Cholera in southern India
Disease focus: Cholera
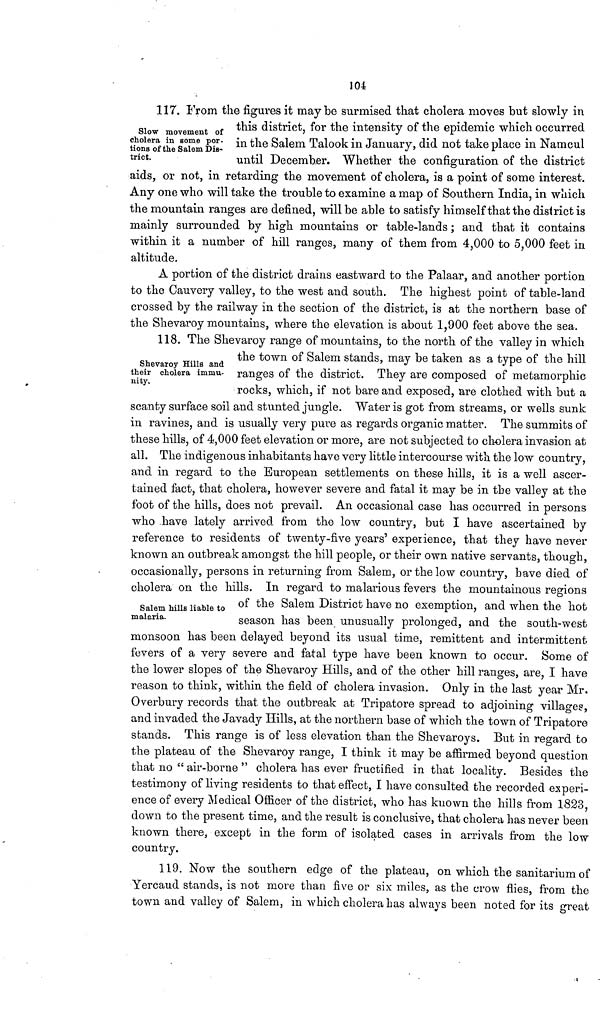
104
Slow movement of
cholera in some por-
tions of the Salem Dis-
trict.
17. From the figures it may be surmised that cholera moves but slowly in
this district, for the intensity of the epidemic which occurred
in the Salem Talook in January, did not take place in Namcul
until December. Whether the configuration of the district
aids, or not, in retarding the movement of cholera, is a point of some interest.
Any one who will take the trouble to examine a map of Southern India, in which
the mountain ranges are defined, will be able to satisfy himself that the district is
mainly surrounded by high mountains or table-lands ; and that it contains
within it a number of hill ranges, many of them from 4,000 to 5,000 feet in
altitude.
A portion of the district drains eastward to the Palaar, and another portion
to the Cauvery valley, to the west and south. The highest point of table-land
crossed by the railway in the section of the district, is at the northern base of
the Shevaroy mountains, where the elevation is about 1,900 feet above the sea.
Shevaroy Hills and
their cholera immu-
nity.
118. The Shevaroy range of mountains, to the north of the valley in which
the town of Salem stands, may be taken as a type of the hill
ranges of the district. They are composed of metamorphic
rocks, which, if not bare and exposed, are clothed with but a
scanty surface soil and stunted jungle. Water is got from streams, or wells sunk
in ravines, and is usually very pure as regards organic matter. The summits of
these hills, of 4,000 feet elevation or more, are not subjected to cholera invasion at
all. The indigenous inhabitants have very little intercourse with the low country,
and in regard to the European settlements on these hills, it is a well ascer-
tained fact, that cholera, however severe and fatal it may be in the valley at the
foot of the hills, does not prevail. An occasional case has occurred in persons
who have lately arrived from the low country, but I have ascertained by
reference to residents of twenty-five years' experience, that they have never
known an outbreak amongst the hill people, or their own native servants, though,
occasionally, persons in returning from Salem, or the low country, have died of
cholera on the hills. In regard to malarious fevers the mountainous regions
Salem hills liable to
malaria.
of the Salem District have no exemption, and when the hot
season has been unusually prolonged, and the south-west
monsoon has been delayed beyond its usual time, remittent and intermittent
fevers of a very severe and fatal type have been known to occur. Some of
the lower slopes of the Shevaroy Hills, and of the other hill ranges, are, I have
reason to think, within the field of cholera invasion. Only in the last year Mr.
Overbury records that, the outbreak at Tripatore spread to adjoining villages,
and invaded the Javady Hills, at the northern base of which the town of Tripatore
stands. This range is of less elevation than the Shevaroys. But in regard to
the plateau of the Shevaroy range, I think it may be affirmed beyond question
that no " air-borne " cholera has ever fructified in that locality. Besides the
testimony of living residents to that effect, I have consulted the recorded experi-
ence of every Medical Officer of the district, who has known the hills from 1823,
down to the present time, and the result is conclusive, that cholera has never been
known there, except in the form of isolated cases in arrivals from the low
country.
119. Now the southern edge of the plateau, on which the sanitarium of
Yercaud stands, is not more than five or six miles, as the crow flies, from the
town and valley of Salem, in which cholera has always been noted for its great